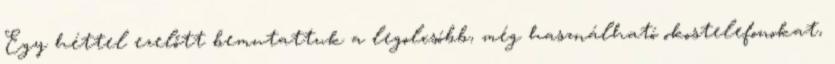
Egy héttel ezelőtt bemutattuk a legolcsóbb, még használható okostelefonokat,